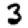
Digit: 3